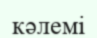
кәлемі